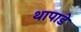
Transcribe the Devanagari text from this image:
थापाडे